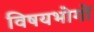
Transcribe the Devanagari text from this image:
विषयभोगों